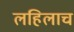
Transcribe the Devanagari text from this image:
लहिलाच